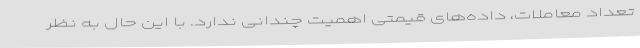
تعداد معاملات، داده‌های قیمتی اهمیت چندانی ندارد. با این حال به نظر